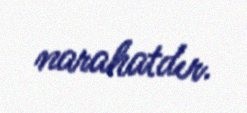
narahatdır.